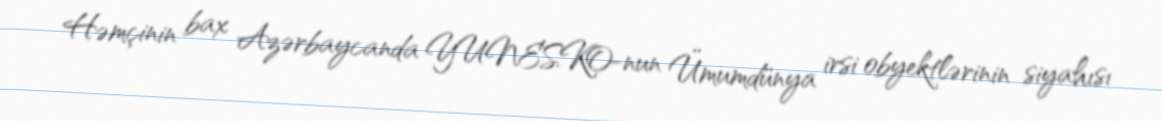
Həmçinin bax Azərbaycanda YUNESKO-nun Ümumdünya irsi obyektlərinin siyahısı